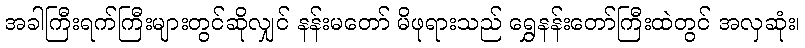
အခါကြီးရက်ကြီးများတွင်ဆိုလျှင် နန်းမတော် မိဖုရားသည် ရွှေနန်းတော်ကြီးထဲတွင် အလှဆုံး၊